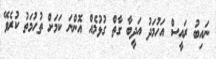
ނައިބު ރައީސް އަހުމަދު އަދީބާ ގާތް ގުޅުމެއް އޮންނަ ކަމަށް ތުހުމަތު ކުރެވޭ